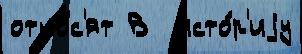
отно́с'ят В  исто́р'иjу